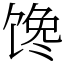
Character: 馋